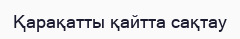
Қарақатты қайтта сақтау